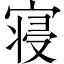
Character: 寝